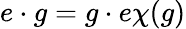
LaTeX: e\cdot g=g\cdot e\chi(g)